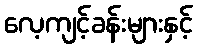
လေ့ကျင့်ခန်းများနှင့်